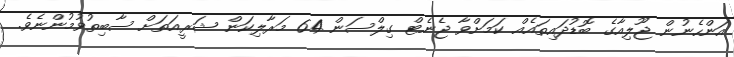
އަންހެނުން ޖޫލިއާގެ ބޮޑުދައިތައެއް ކަމަށްވާ ޖެނެޓް ގިލްސަން 64 މަރާލިކަން ޝަރީއަތަށް ސާބިތުވުމުންނެވެ.